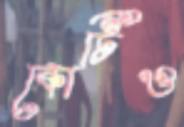
কোটিও